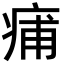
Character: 痡